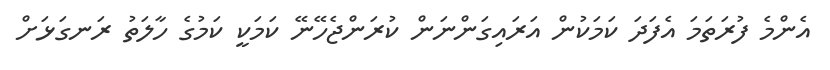
އެންމެ ފުރަތަމަ އެފަދަ ކަމަކުން އަރައިގަންނަން ކުރަންޖެހޭނޭ ކަމަކީ ކަމުގެ ހާލަތު ރަނގަޅަށް